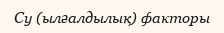
Су (ылғалдылық) факторы